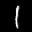
Label: 1